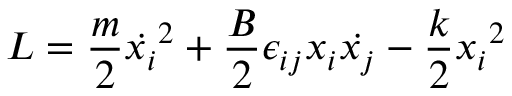
{ \cal { L } } = \frac { m } { 2 } { \dot { x _ { i } } } ^ { 2 } + \frac { B } { 2 } \epsilon _ { i j } x _ { i } \dot { x _ { j } } - \frac { k } { 2 } { x _ { i } } ^ { 2 }